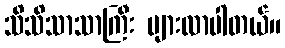
သိသိသာသာကြီး များလာပါတယ်။